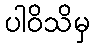
ပါဝိသိမှ